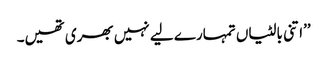
’’اتنی بالٹیاں تمہارے لیے نہیں بھری تھیں۔